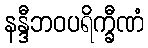
နန္ဒီဘဝပရိက္ခီဏံ